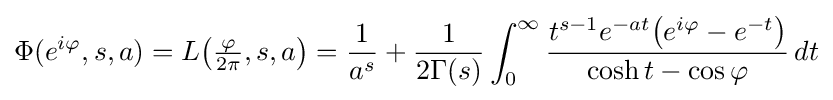
\Phi (e^{i\varphi },s,a)=L{\big (}{\tfrac {\varphi }{2\pi }},s,a{\big )}={\frac {1}{a^{s}}}+{\frac {1}{2\Gamma (s)}}\int _{0}^{\infty }{\frac {t^{s-1}e^{-at}{\big (}e^{i\varphi }-e^{-t}{\big )}}{\cosh {t}-\cos {\varphi }}}\,dt